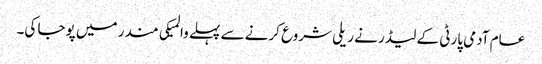
عام آدمی پارٹی کے لیڈر نے ریلی شروع کرنے سے پہلے والمیکی مندر میں پوجا کی۔